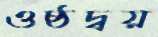
ওষ্ঠদ্বয়